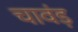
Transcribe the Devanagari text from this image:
चावंड़